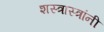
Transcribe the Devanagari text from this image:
शस्त्रास्त्रांनी